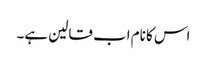
اس کا نام اب قالین ہے۔